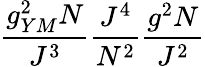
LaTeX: \frac{g_{YM}^{2}N}{J^{3}}\frac{J^{4}}{N^{2}}\frac{g^{2}N}{J^{2}}